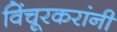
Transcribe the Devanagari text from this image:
विंचूरकरांनीं